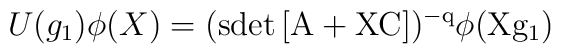
U (g_1) \phi (X)  = (\rm{sdet}\,[A+ X C])^{- q}\phi (Xg_1)